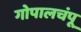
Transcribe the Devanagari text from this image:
गोपालचंपू